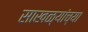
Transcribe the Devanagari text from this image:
साखळ्यांच्या